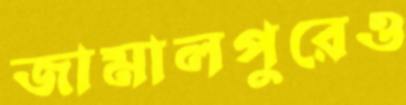
জামালপুরেও